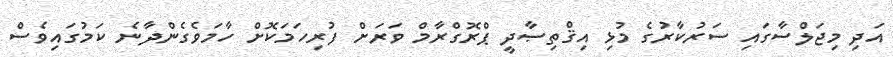
އަދި މިޖަލްސާގައި ސަރުކާރުގެ މުޅި އިޤްތިޞާދީ ޕްރޮގްރާމް ވަރަށް ފުރިހަމަކޮށް ހާމަވެގެންދާނެ ކަމުގައިވެސް